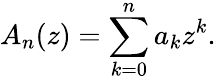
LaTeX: A_{n}(z)=\sum_{k=0}^{n}a_{k}z^{k}.